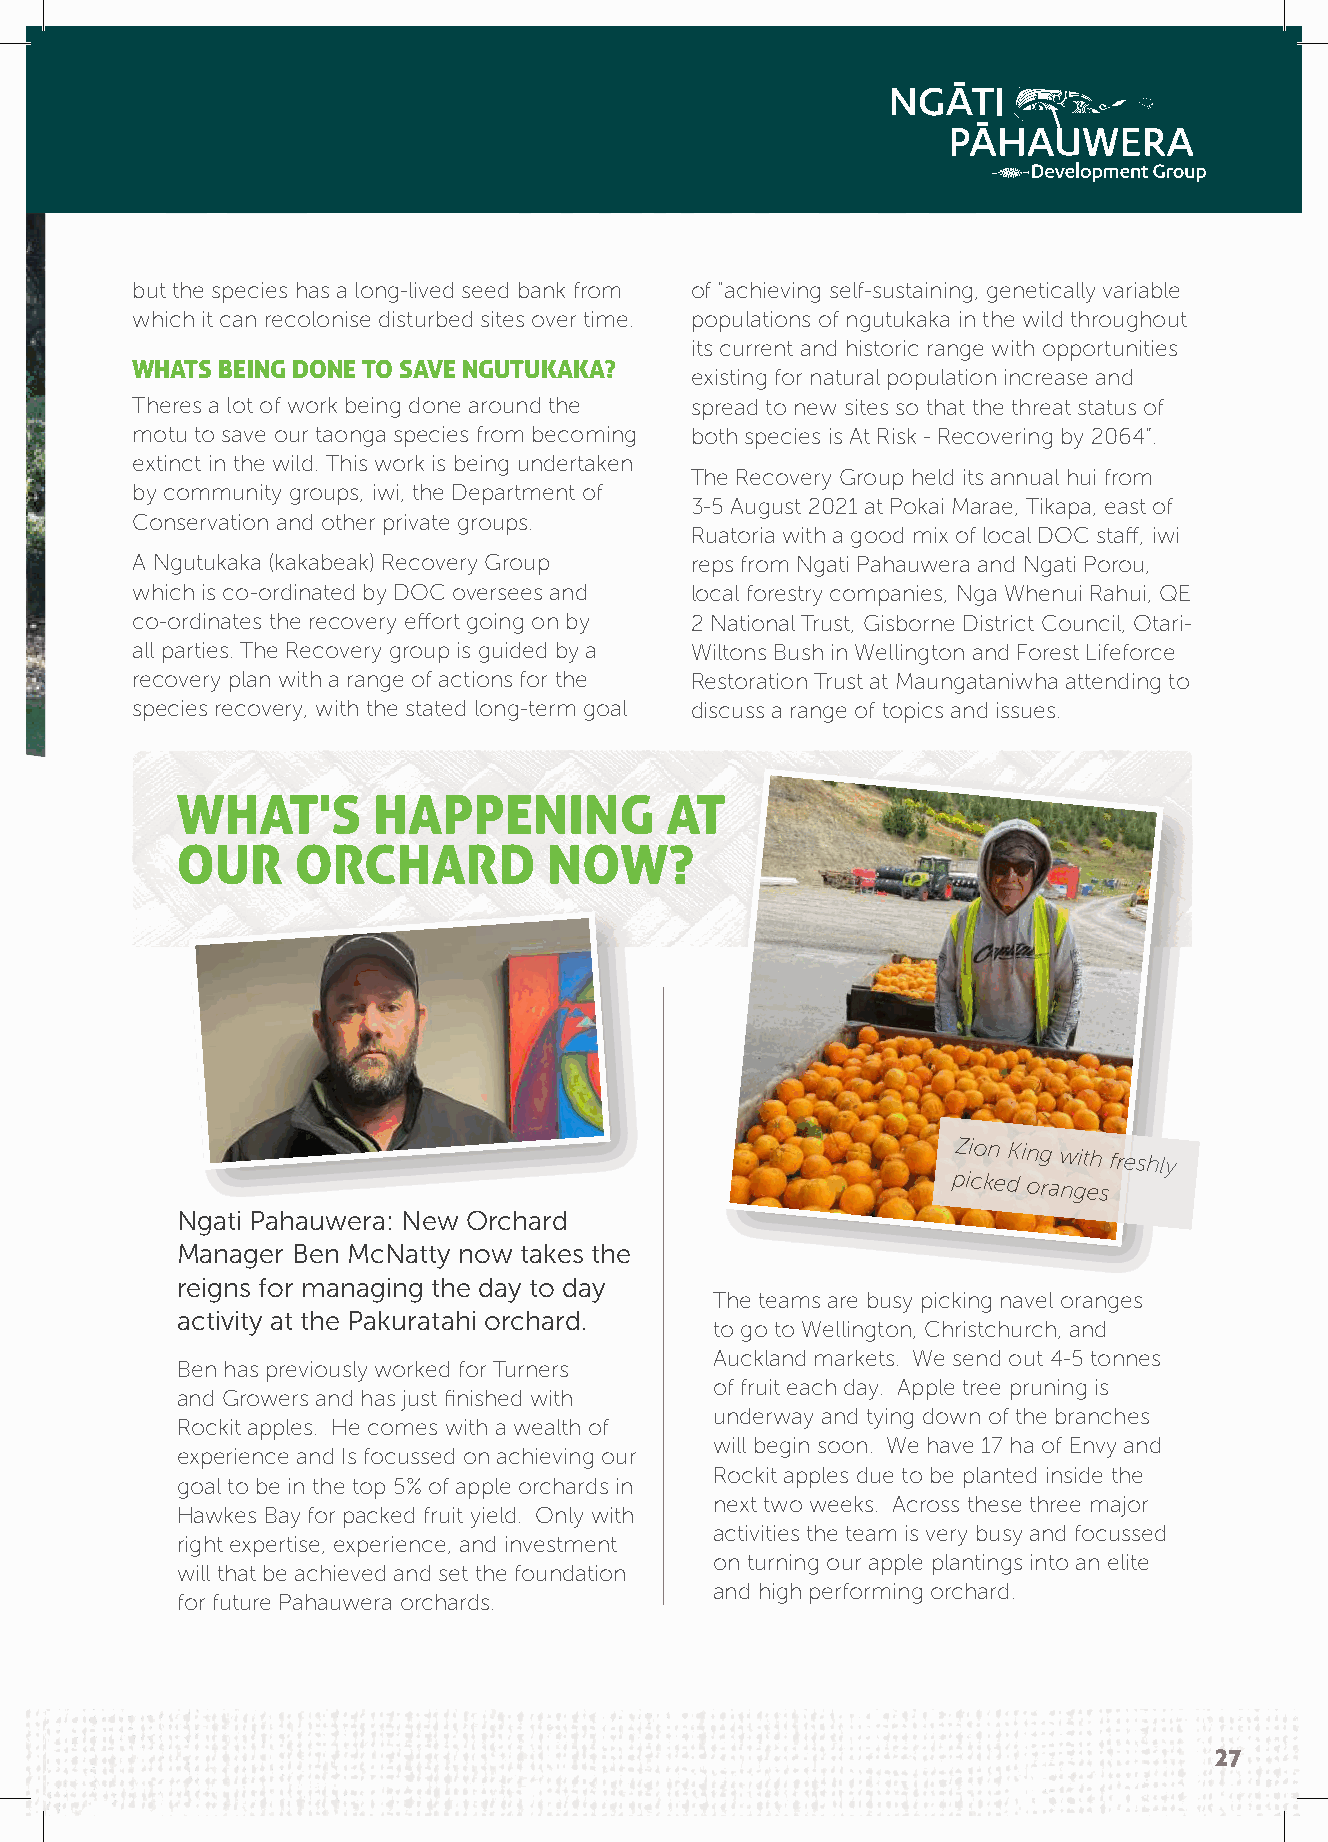
but the species has a long-lived seed bank from of “achieving self-sustaining, genetically variable
 which it can recolonise disturbed sites over time. populations of ngutukaka in the wild throughout
 its current and historic range with opportunities
 WHATS BEING DONE TO SAVE NGUTUKAKA?
 existing for natural population increase and
 Theres a lot of work being done around the spread to new sites so that the threat status of
 motu to save our taonga species from becoming both species is At Risk - Recovering by 2064”.
 extinct in the wild. This work is being undertaken
 The Recovery Group held its annual hui from
 by community groups, iwi, the Department of
 3-5 August 2021 at Pokai Marae, Tikapa, east of
 Conservation and other private groups.
 Ruatoria with a good mix of local DOC staff, iwi
 A Ngutukaka (kakabeak) Recovery Group reps from Ngati Pahauwera and Ngati Porou,
 which is co-ordinated by DOC oversees and local forestry companies, Nga Whenui Rahui, QE
 co-ordinates the recovery effort going on by 2 National Trust, Gisborne District Council, Otari-
 all parties. The Recovery group is guided by a Wiltons Bush in Wellington and Forest Lifeforce
 recovery plan with a range of actions for the Restoration Trust at Maungataniwha attending to
 species recovery, with the stated long-term goal discuss a range of topics and issues.
 WHAT'S       HAPPENING          AT
 OUR     ORCHARD         NOW?
 Zion King with freshly
 picked
 oranges
 Ngati Pahauwera: New Orchard
 Manager Ben McNatty now takes the
 reigns for managing the day to day
 The teams are busy picking navel oranges
 activity at the Pakuratahi orchard.
 to go to Wellington, Christchurch, and
 Auckland markets. We send out 4-5 tonnes
 Ben has previously worked for Turners
 of fruit each day. Apple tree pruning is
 and Growers and has just finished with
 underway and tying down of the branches
 Rockit apples. He comes with a wealth of
 will begin soon. We have 17 ha of Envy and
 experience and Is focussed on achieving our
 Rockit apples due to be planted inside the
 goal to be in the top 5% of apple orchards in
 next two weeks. Across these three major
 Hawkes Bay for packed fruit yield. Only with
 activities the team is very busy and focussed
 right expertise, experience, and investment
 on turning our apple plantings into an elite
 will that be achieved and set the foundation
 and high performing orchard.
 for future Pahauwera orchards.
 27